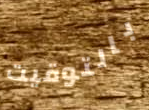
بالتوقيت